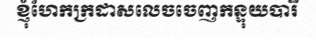
ខ្ញុំហែកក្រដាសលេចចេញកន្ទុយបារី